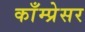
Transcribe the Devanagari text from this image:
काँम्प्रेसर